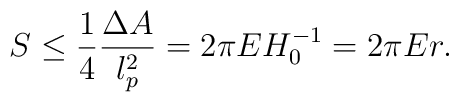
S\leq \frac{1}{4}\frac{\Delta A}{l_{p}^{2}}=2\pi EH_{0}^{-1}=2\pi Er.